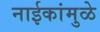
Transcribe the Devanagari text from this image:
नाईकांमुळे